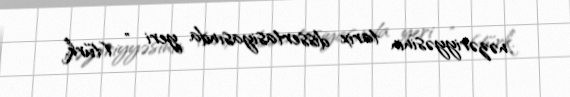
nəzəriyyəsinin tarix dissertasiyasında yeri " (türk.